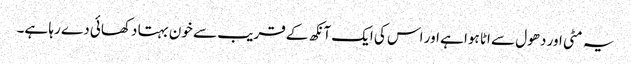
یہ مٹی اور دھول سے اٹا ہوا ہے اور اس کی ایک آنکھ کے قریب سے خون بہتا دکھائی دے رہا ہے۔